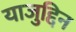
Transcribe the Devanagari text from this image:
याजुद्दिन